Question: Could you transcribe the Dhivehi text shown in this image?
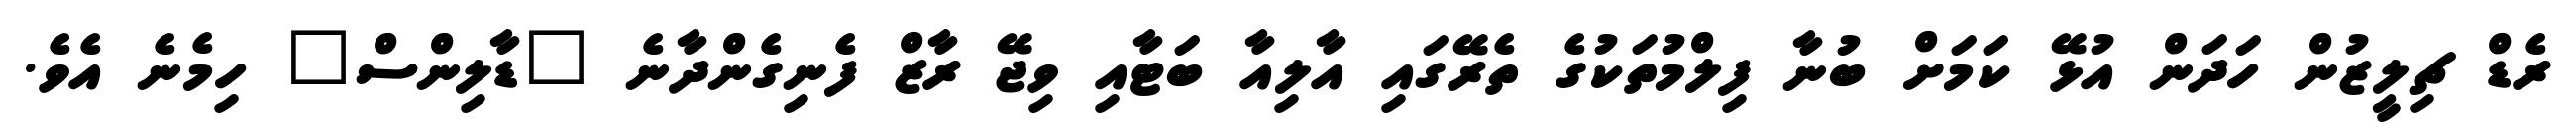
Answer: ރެޑް ޗިލީޒުން ހަދަން އުޅޭ ކަމަށް ބުނާ ފިލްމުތަކުގެ ތެރޭގައި އާލިއާ ބަޓާއި ވިޖޭ ރާޒް ފެނިގެންދާނެ "ޑާލިންސް" ހިމެނެ އެވެ.